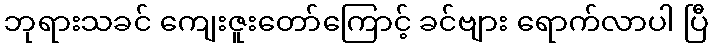
ဘုရားသခင် ကျေးဇူးတော်ကြောင့် ခင်ဗျား ရောက်လာပါ ပြီ